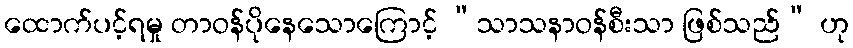
ထောက်ပင့်ရမှု တာဝန်ပိုနေသောကြောင့် “သာသနာဝန်စီးသာ ဖြစ်သည်” ဟု